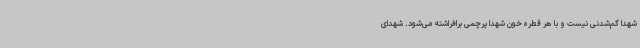
شهدا گم‌شدنی نیست و با هر قطره خون شهدا پرچمی برافراشته می‌شود. شهدای